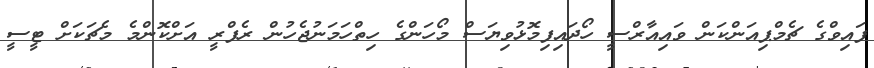
ފައިވްގެ ޗެމްޕިއަންކަން ވައިއާރްސީ ހޯދައިފިމޮޅުވިޔަސް މޯހަންގެ ހިތްހަމަނުޖެހުން ރެފްރީ އަށްކޮންމެ މެޗަކަށް ޓީސީ